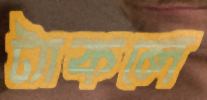
ট্যাকলে